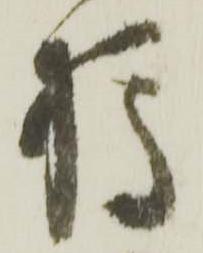
樽